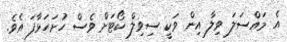
އެ މައްސަލަ ވިލާ އިން ވަކީ ސިވިލް ކޯޓަށް ވެސް ހުށަހަޅާފަ އެވެ.